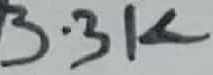
Text: 3.3K